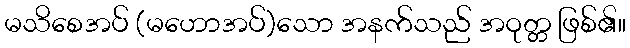
မသိစေအပ် (မဟောအပ်)သော အနက်သည် အဝုတ္တ ဖြစ်၏။